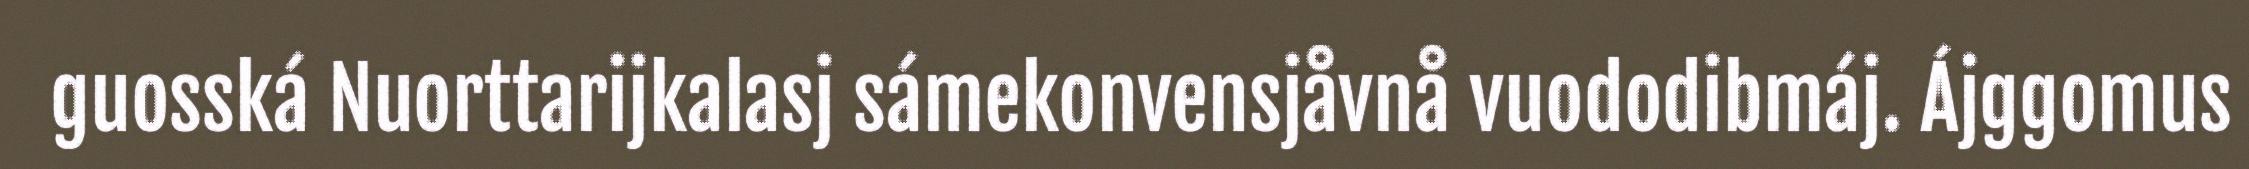
guosská Nuorttarijkalasj sámekonvensjåvnå vuododibmáj. Ájggomus